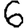
Digit: 6